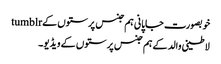
خوبصورت جاپانی ہم جنس پرستوں کے tumblr
لاطینی والد کے ہم جنس پرستوں کے ویڈیو۔